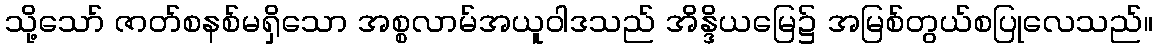
သို့သော် ဇာတ်စနစ်မရှိသော အစ္စလာမ်အယူဝါဒသည် အိန္ဒိယမြေ၌ အမြစ်တွယ်စပြုလေသည်။